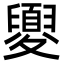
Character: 夓